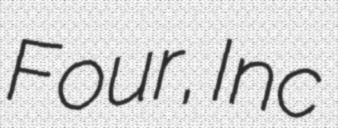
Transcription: Four, Inc